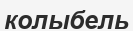
колыбель